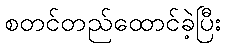
စတင်တည်ထောင်ခဲ့ပြီး